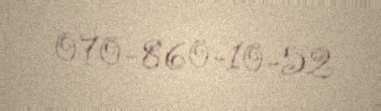
070-860-10-52